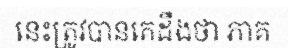
នេះត្រូវបានគេដឹងថា ភាគ